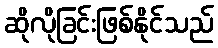
ဆိုလိုခြင်းဖြစ်နိုင်သည်